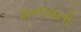
મનાવતો